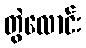
တွဲလောင်း